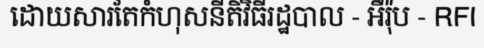
ដោយសារតែកំហុសនីតិវិធីរដ្ឋបាល - អឺរ៉ុប - RFI